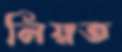
নিয়ত